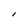
Character: l